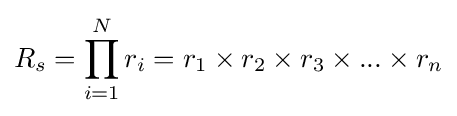
R_{s}=\prod _{i=1}^{N}r_{i}=r_{1}\times r_{2}\times r_{3}\times ...\times r_{n}